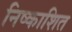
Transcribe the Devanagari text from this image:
निष्काशित